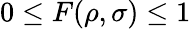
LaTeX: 0\leq F(\rho,\sigma)\leq 1